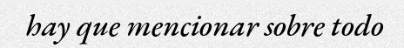
hay que mencionar sobre todo